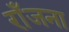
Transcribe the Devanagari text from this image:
राँजना